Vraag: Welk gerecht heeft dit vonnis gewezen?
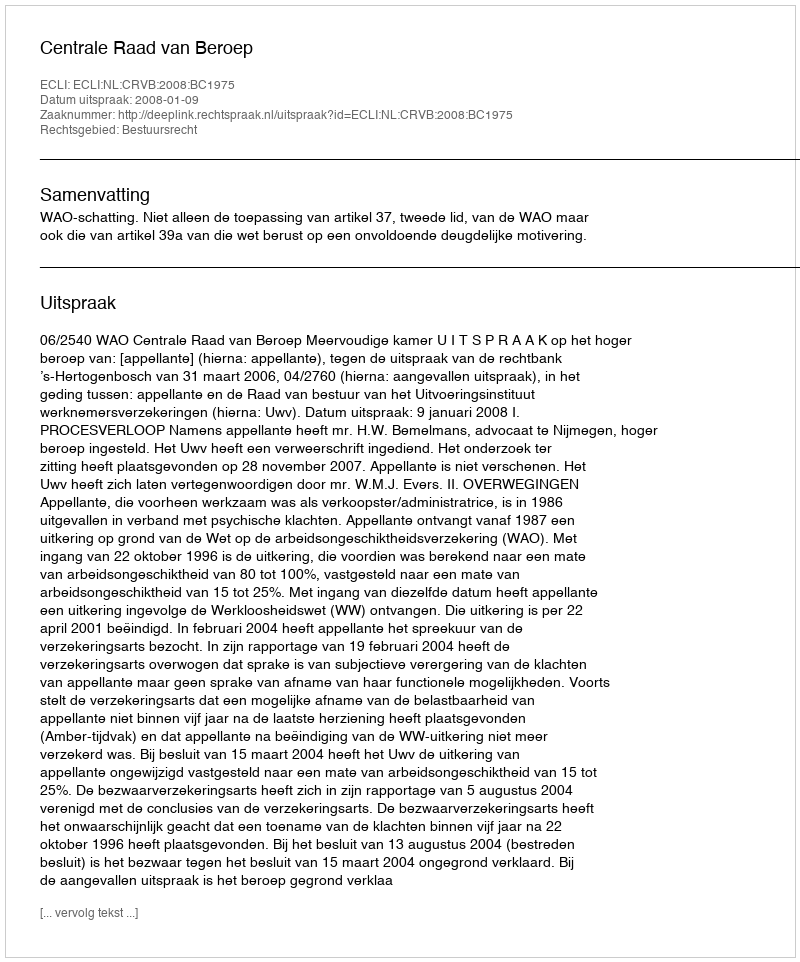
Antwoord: Centrale Raad van Beroep